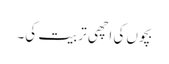
بچوں کی اچھی تربیت کی۔